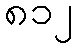
၈၁၂